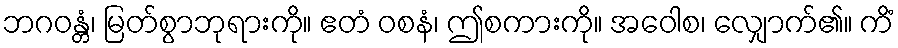
ဘဂဝန္တံ၊ မြတ်စွာဘုရားကို။ ဧတံ ဝစနံ၊ ဤစကားကို။ အဝေါစ၊ လျှောက်၏။ ကိံ